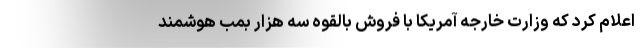
اعلام کرد که وزارت خارجه آمریکا با فروش بالقوه سه هزار بمب هوشمند